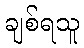
ချစ်ရသူ